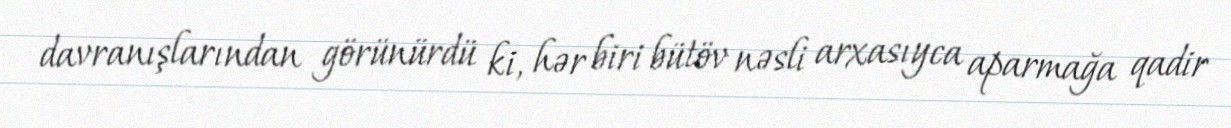
davranışlarından görünürdü ki, hər biri bütöv nəsli arxasıyca aparmağa qadir